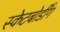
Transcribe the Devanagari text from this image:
स्केटबोर्डींग